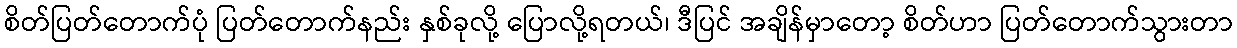
စိတ်ပြတ်တောက်ပုံ ပြတ်တောက်နည်း နှစ်ခုလို့ ပြောလို့ရတယ်၊ ဒီပြင် အချိန်မှာတော့ စိတ်ဟာ ပြတ်တောက်သွားတာ